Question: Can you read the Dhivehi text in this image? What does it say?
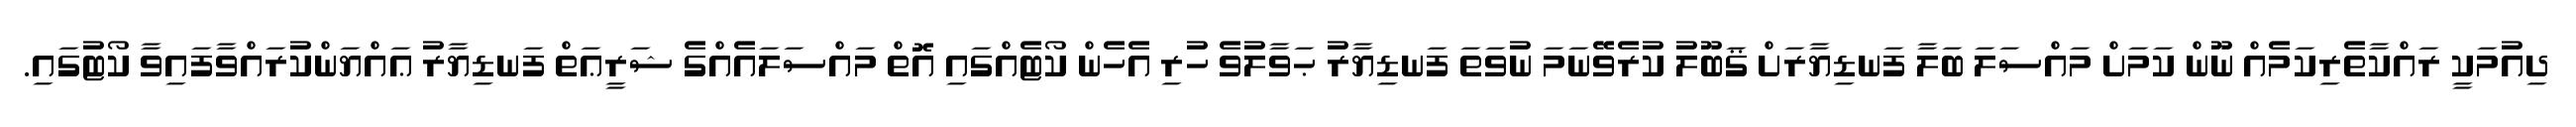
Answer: ދިއުމަކީ ރައްކާތެރިކަމެއް ނޫން ކަމަށް މައްސަލަ ބަލާ ފަނޑިޔާރަށް ޤަބޫލު ކުރެވޭނަމަ ނުވަތަ ފަނޑިޔާރު ޙަވާލުވެ ހުރި އެހެން ކޯޓެއްގައި އޮތް މައްސަލައެއްގެ ޝަރީޢަތް ފަނޑިޔާރު ޢައްޔަންކުރައްވާފައިވާ ކޯޓުގައި.